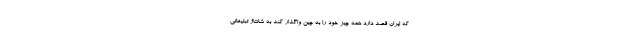
که ایران قصد دارد همه چیز خود را به چین واگذار کند به شانتاژ تبلیغاتی